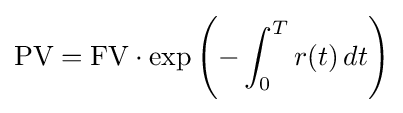
{\text{PV}}={\text{FV}}\cdot \exp \left(-\int _{0}^{T}r(t)\,dt\right)